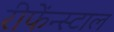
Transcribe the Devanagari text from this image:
रीफेंन्स्टाल